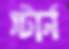
স্টার্ন